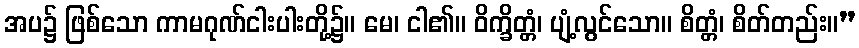
အပ၌ ဖြစ်သော ကာမဂုဏ်ငါးပါးတို့၌။ မေ၊ ငါ၏။ ဝိက္ခိတ္တံ၊ ပျံ့လွင်သော။ စိတ္တံ၊ စိတ်တည်း။”